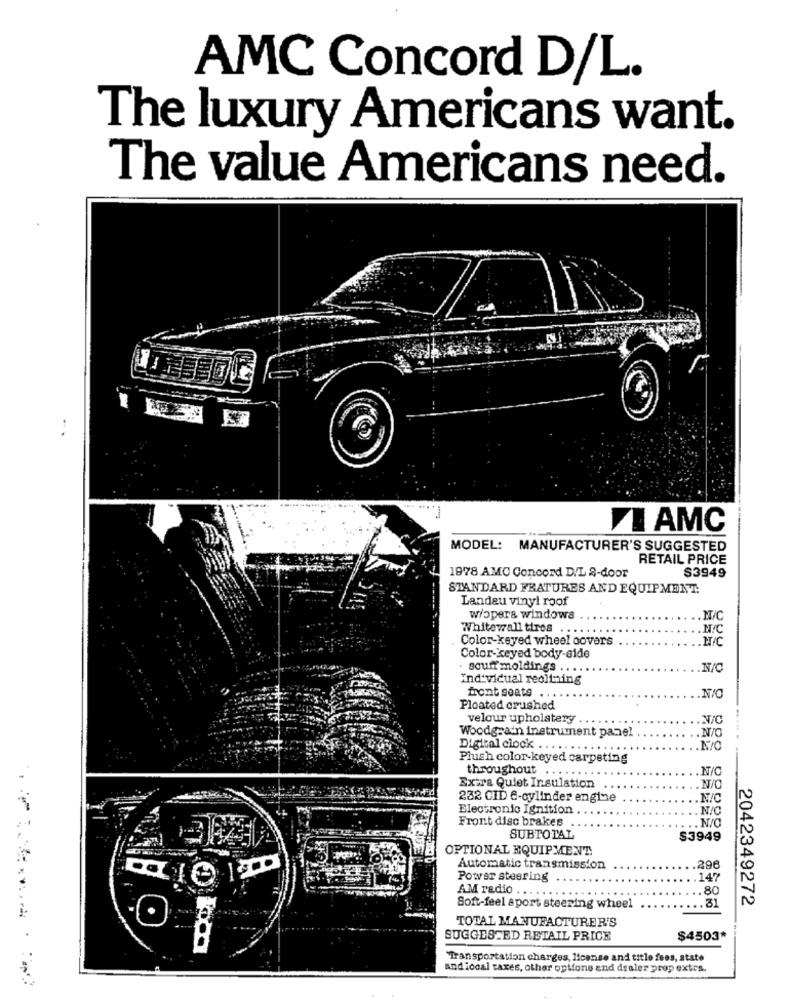
AMC Concord D/L.
The luxury Americans want.
The value Americans need.
VI AMC
MODEL: MANUFACTURER'S SUGGESTED
RETAIL PRICE
$3949
1978 AMC Concord D/L 8-door
STANDARD FRATURES AND EQUIPMENT:
Landeu vinyl roof
wiopera windows
M/C
Whitewall tires . .....
.M.C
Color-keyed wheel covers
MAC
Color-keyed body-side
- souff moldings ....
.. N/C
Individual reclining
front seats
.N/O
Ploated crushed
velour upholstery
Woodgrain instrument panel
.N/O
Digital clock
....
Plush color-keyed carpeting
throughout
N/C
Extra Quiet Insulation
N/O
232 CID 6-cylinder engine
N/C
Electronic Ignition
N/C
Front disc brakes
.. N/O
SUBTOTAL
$3949
OPTIONAL EQUIPMENT.
Automatic transmission
296
Power steering
147
AM radio
.......
.80
.31
Soft-feel sport steering wheel
2042349272
TOTAL MANUFACTURER'S
SUGGESTED RETAIL PRICE
$4503*
Transportation charges, license and title fees, state
and local taxes, other options and dealer prop extrs.